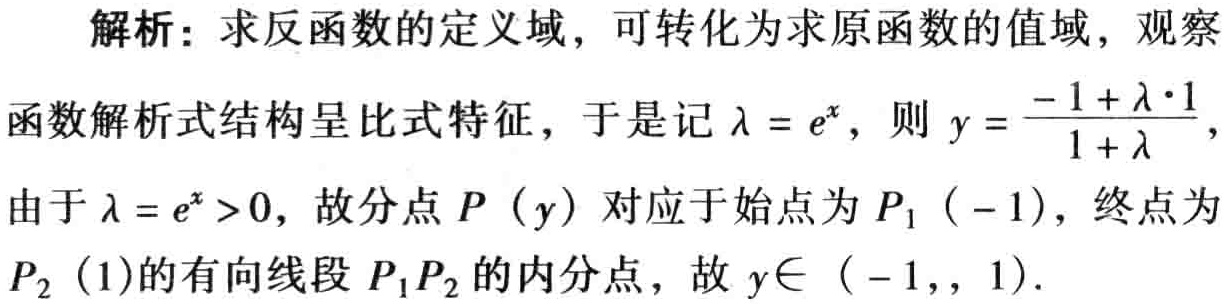
解析：求反函数的定义域，可转化为求原函数的值域，观察

函数解析式结构呈比式特征，于是记\(\lambda = e^{x}\)，则\(y = \frac{-1+\lambda\cdot1}{1 + \lambda}\)，

由于\(\lambda = e^{x}>0\)，故分点\(P(y)\)对应于始点为\(P_{1}(-1)\)，终点为

\(P_{2}(1)\)的有向线段\(P_{1}P_{2}\)的内分点，故\(y\in(-1,1)\).